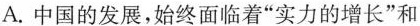
A.中国的发展,始终面临着“实力的增长”和